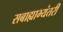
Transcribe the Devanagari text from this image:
सबाह्याभ्यंतरीं